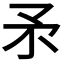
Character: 𰦍